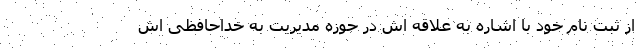
از ثبت نام خود با اشاره به علاقه اش در حوزه مدیریت به خداحافظی اش